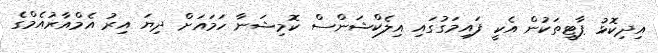
އިދިކޮޅު ޕާޓީތަކުން އެކީ ފައިމަގުގައި އިލެކްޝަންސް ކޮމިޝަނާ ހަމައަށް ދިޔަ އިރު އެމްއާރުއެމްގެ